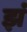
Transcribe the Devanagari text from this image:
झं